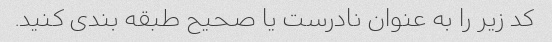
کد زیر را به عنوان نادرست یا صحیح طبقه بندی کنید.